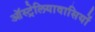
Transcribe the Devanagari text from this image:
ऑस्ट्रेलियावासियों